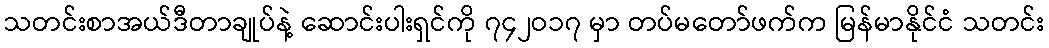
သတင်းစာအယ်ဒီတာချုပ်နဲ့ ဆောင်းပါးရှင်ကို ၇၄၂ဝ၁၇ မှာ တပ်မတော်ဖက်က မြန်မာနိုင်ငံ သတင်း